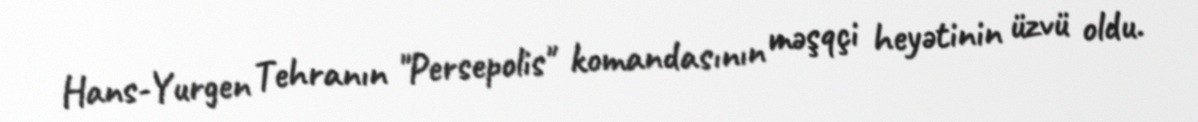
Hans-Yurgen Tehranın "Persepolis" komandasının məşqçi heyətinin üzvü oldu.